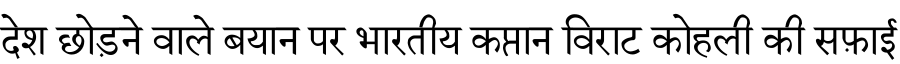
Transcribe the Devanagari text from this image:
देश छोड़ने वाले बयान पर भारतीय कप्तान विराट कोहली की सफ़ाई